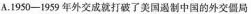
A.1950-1959年外交成就打破了美国遏制中国的外交僵局